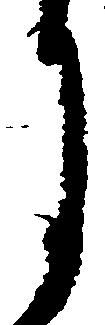
月